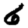
Digit: 6